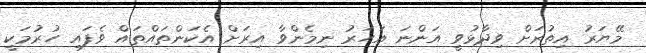
މޭޔަރު އިތުރަށް ވިދާޅުވީ އަންނަ އަހަރު ނިމެންވާ އިރަށް އެކަންތައްތައް ވެފައި ހުރުމަކީ